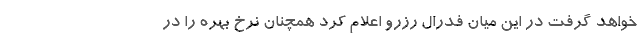
خواهد گرفت در این میان فدرال رزرو اعلام کرد همچنان نرخ بهره را در